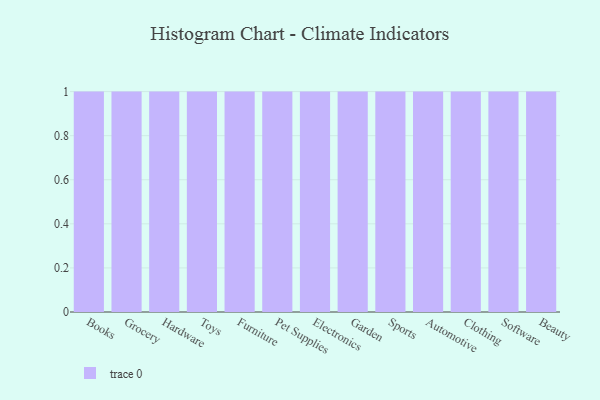
{"axis": {"x": "Category", "y": "Customer Acquisition Cost (USD)"}, "legend": [""], "data": [{"x": "Books", "y": 46, "type": ""}, {"x": "Grocery", "y": 54, "type": ""}, {"x": "Hardware", "y": 23, "type": ""}, {"x": "Toys", "y": 68, "type": ""}, {"x": "Furniture", "y": 62, "type": ""}, {"x": "Pet Supplies", "y": 69, "type": ""}, {"x": "Electronics", "y": 90, "type": ""}, {"x": "Garden", "y": 81, "type": ""}, {"x": "Sports", "y": 33, "type": ""}, {"x": "Automotive", "y": 1, "type": ""}, {"x": "Clothing", "y": 92, "type": ""}, {"x": "Software", "y": 95, "type": ""}, {"x": "Beauty", "y": 73, "type": ""}]}